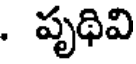
. పృథివి